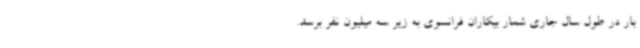
بار در طول سال جاری شمار بیکاران فرانسوی به زیر سه میلیون نفر برسد.